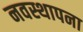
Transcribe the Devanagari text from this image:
नवस्थापना